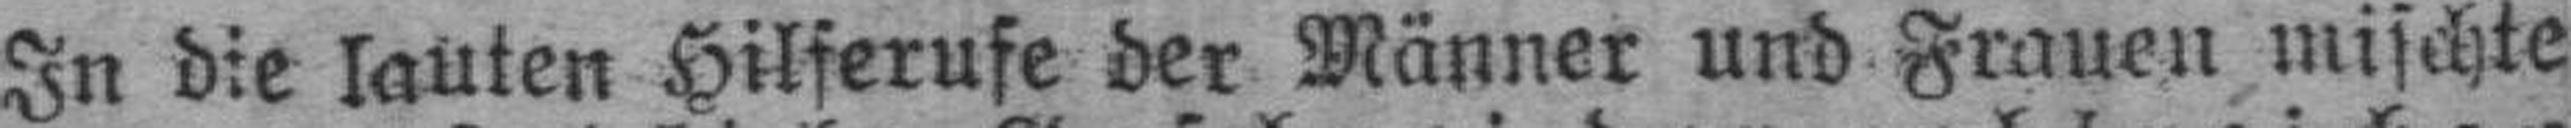
In die lauten Hilferufe der Männer und Frauen mischte